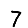
Digit: 7